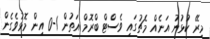
މިރޭ ކުޅުނު އަނެއް މެޗުގައި ވެސްޓް ބްރޮމް އަތުން 1-0 އިން މޮޅުވެގެން